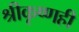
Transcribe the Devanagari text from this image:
श्रीकृष्णही